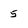
Character: 5